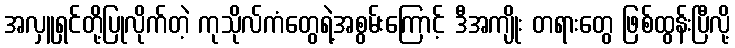
အလှူရှင်တို့ပြုလိုက်တဲ့ ကုသိုလ်ကံတွေရဲ့အစွမ်းကြောင့် ဒီအကျိုး တရားတွေ ဖြစ်ထွန်းပြီလို့